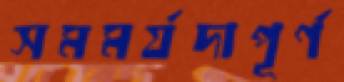
সমমর্যদাপূর্ণ